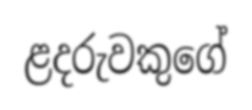
ළදරුවකුගේ